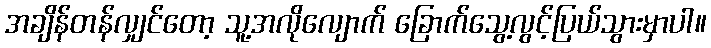
အချိန်တန်လျှင်တော့ သူ့အလိုလျောက် ခြောက်သွေ့လွင့်ပြယ်သွားမှာပါ။